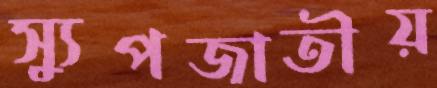
স্যুপজাতীয়